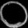
Digit: ၀